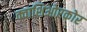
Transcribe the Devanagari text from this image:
क्वाशिओरकोर